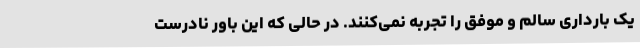
یک بارداری سالم و موفق را تجربه نمی‌کنند. در حالی که این باور نادرست